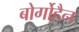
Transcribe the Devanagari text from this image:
बोर्गोहैन